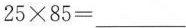
$$25\times 85=___$$